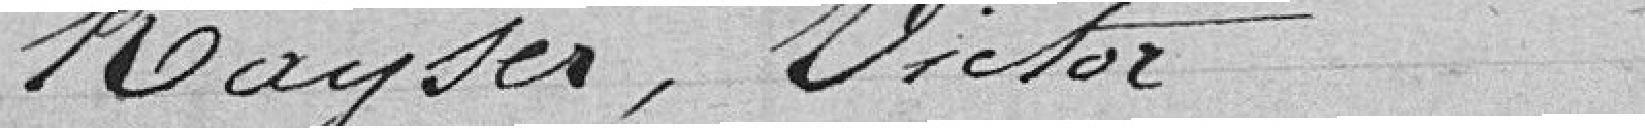
Kayser, Victor